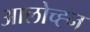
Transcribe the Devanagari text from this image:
आलोच्ह्न